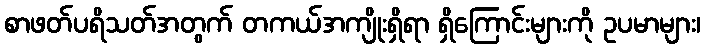
စာဖတ်ပရိသတ်အတွက် တကယ်အကျိုးရှိရာ ရှိကြောင်းများကို ဥပမာများ၊